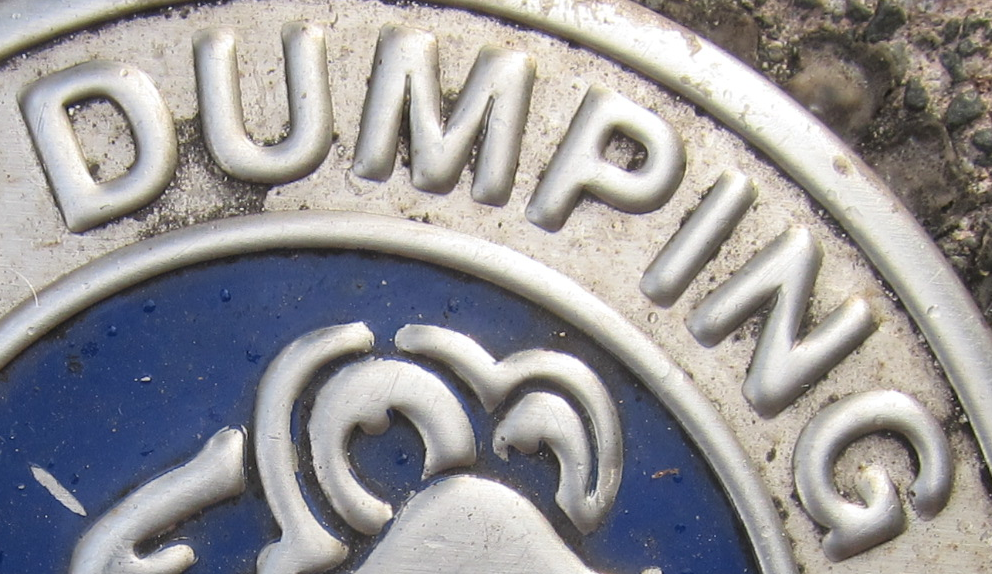
DUMPING